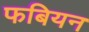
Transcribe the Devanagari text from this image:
फबियन